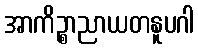
အာကိဉ္စာညာယတနူပဂါ